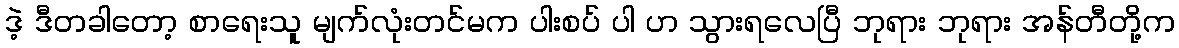
ဒဲ့ ဒီတခါတော့ စာရေးသူ မျက်လုံးတင်မက ပါးစပ် ပါ ဟ သွားရလေပြီ ဘုရား ဘုရား အန်တီတို့က